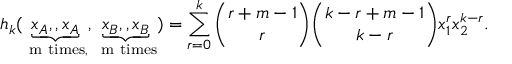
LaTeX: h _ { k } ( \underbrace { x _ { A } , \l , x _ { A } } _ { \mathrm { ~ m ~ t i m e s , } } , \underbrace { x _ { B } , \l , x _ { B } } _ { \mathrm { ~ m ~ t i m e s } } ) = \sum _ { r = 0 } ^ { k } { \binom { r + m - 1 } { r } } { \binom { k - r + m - 1 } { k - r } } x _ { 1 } ^ { r } x _ { 2 } ^ { k - r } .